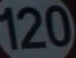
120